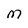
Character: M